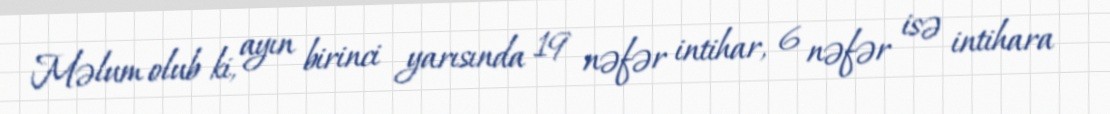
Məlum olub ki, ayın birinci yarısında 19 nəfər intihar, 6 nəfər isə intihara